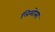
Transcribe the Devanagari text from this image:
लिमोसा